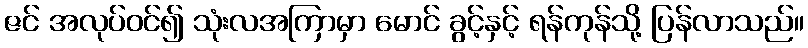
ဇင် အလုပ်ဝင်၍ သုံးလအကြာမှာ မောင် ခွင့်နှင့် ရန်ကုန်သို့ ပြန်လာသည်။